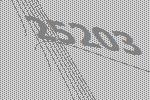
25203